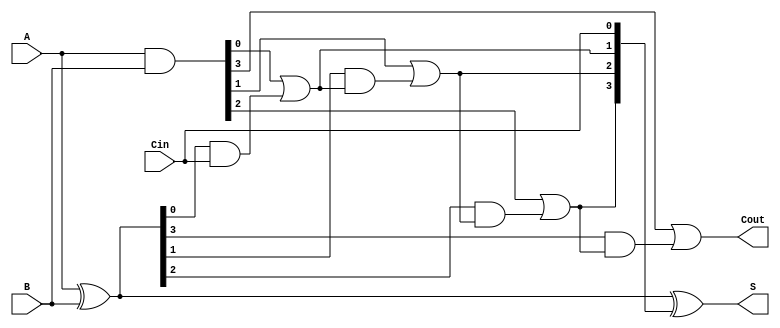
module SklanskyAdder #(parameter n = 4) (
    input  [n-1:0] A,
    input  [n-1:0] B,
    input          Cin,
    output [n-1:0] S,
    output         Cout
);
    // Generate and Propagate signals
    wire [n-1:0] G; // Generate
    wire [n-1:0] P; // Propagate
    wire [n:0] C;   // Carry

    // Compute Generate and Propagate signals
    assign G = A & B;
    assign P = A ^ B;

    // Carry calculation
    assign C[0] = Cin;
    
    genvar i;
    generate
        for (i = 0; i < n; i = i + 1) begin : carry_calc
            if (i == 0) begin
                assign C[i + 1] = G[i] | (P[i] & C[i]);
            end else begin
                assign C[i + 1] = G[i] | (P[i] & C[i]);
            end
        end
    endgenerate

    // Sum calculation
    assign S = P ^ C[n-1:0];
    assign Cout = C[n];

endmodule